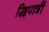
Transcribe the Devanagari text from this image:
द्विपात्री